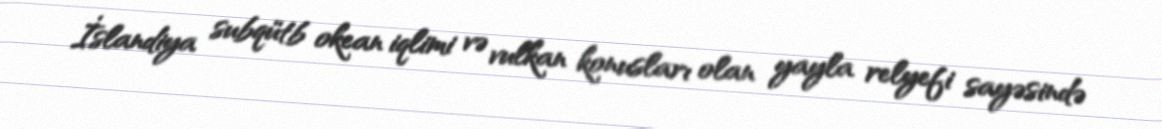
İslandiya subqütb okean iqlimi və vulkan konusları olan yayla relyefi sayəsində